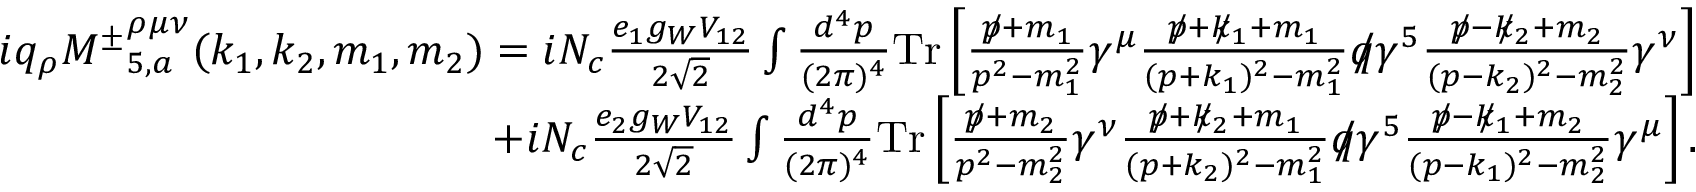
\begin{array} { r l r } & { } & { i q _ { \rho } { M ^ { \pm } } _ { 5 , a } ^ { \rho \mu \nu } ( k _ { 1 } , k _ { 2 } , m _ { 1 } , m _ { 2 } ) = i N _ { c } \frac { e _ { 1 } g _ { W } V _ { 1 2 } } { 2 \sqrt { 2 } } \int \frac { d ^ { 4 } p } { ( 2 \pi ) ^ { 4 } } \mathrm { { T r } } \left[ \frac { p \! \! \! / + m _ { 1 } } { p ^ { 2 } - m _ { 1 } ^ { 2 } } \gamma ^ { \mu } \frac { p \! \! \! / + k \! \! \! / _ { 1 } + m _ { 1 } } { ( p + k _ { 1 } ) ^ { 2 } - m _ { 1 } ^ { 2 } } q \! \! \! / \gamma ^ { 5 } \frac { p \! \! \! / - k \! \! \! / _ { 2 } + m _ { 2 } } { ( p - k _ { 2 } ) ^ { 2 } - m _ { 2 } ^ { 2 } } \gamma ^ { \nu } \right] } \\ & { } & { + i N _ { c } \frac { e _ { 2 } g _ { W } V _ { 1 2 } } { 2 \sqrt { 2 } } \int \frac { d ^ { 4 } p } { ( 2 \pi ) ^ { 4 } } { \mathrm { T r } } \left[ \frac { p \! \! \! / + m _ { 2 } } { p ^ { 2 } - m _ { 2 } ^ { 2 } } \gamma ^ { \nu } \frac { p \! \! \! / + k \! \! \! / _ { 2 } + m _ { 1 } } { ( p + k _ { 2 } ) ^ { 2 } - m _ { 1 } ^ { 2 } } q \! \! \! / \gamma ^ { 5 } \frac { p \! \! \! / - k \! \! \! / _ { 1 } + m _ { 2 } } { ( p - k _ { 1 } ) ^ { 2 } - m _ { 2 } ^ { 2 } } \gamma ^ { \mu } \right] . } \end{array}